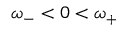
\omega _ { - } < 0 < \omega _ { + }